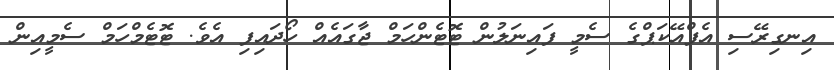
އިނގިރޭސި އެފްއޭކަޕްގެ ސެމީ ފައިނަލުން ޓޮޓެންހަމް ޖާގައެއް ހޯދައިފި އެވެ. ޓޮޓެމްހަމް ސެމީއިން